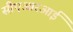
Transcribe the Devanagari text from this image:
सीएआरआई